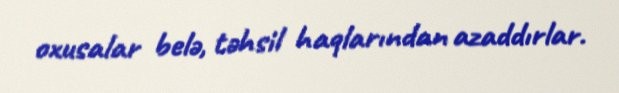
oxusalar belə, təhsil haqlarından azaddırlar.